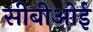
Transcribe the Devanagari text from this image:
सीबीओई